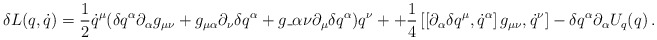
\begin{align*}\delta L(q, \dot{q})=\frac{1}{2}\dot{q}^{\mu}(\delta q^{\alpha}\partial_{\alpha} g_{\mu\nu}+g_{\mu\alpha}\partial_{\nu}\delta q^{\alpha}+g\_{\alpha\nu}\partial_{\mu}\delta q^{\alpha}) q^{\nu}++\frac{1}{4}\left[ \left[ \partial_{\alpha}\delta q^{\mu}, \dot{q}^{\alpha}\right] g_{\mu\nu}, \dot{q}^{\nu} \right]-\delta q^{\alpha}\partial_{\alpha} U_{q}(q)\,.\end{align*}